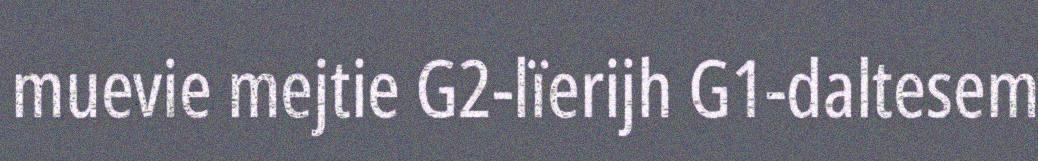
muevie mejtie G2-lïerijh G1-daltesem